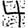
Digit: 4